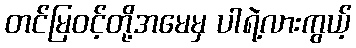
တင်မြဝင့်တို့အမေမှ ပါရဲ့လားကွယ့်